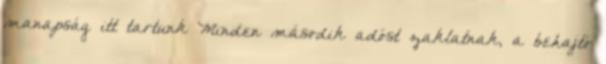
manapság itt tartunk Minden második adóst zaklatnak, a behajtó